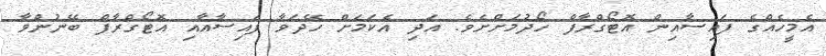
އެމީހެއްގެ ފައިސާއިން އޮޓޯގްރާފް ހޯދުމަށްށެވެ. އަދި އެކަމަށް ހޭދަވާ ފައިސާއާއި އޮޓޯގްރާފް ބޭނުންވާ